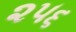
૨૫૬